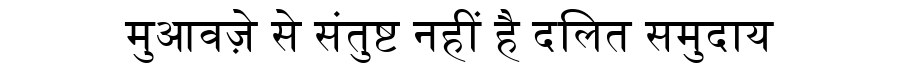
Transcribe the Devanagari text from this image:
मुआवज़े से संतुष्ट नहीं है दलित समुदाय